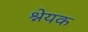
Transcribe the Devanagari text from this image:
श्नेयक